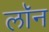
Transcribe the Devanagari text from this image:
लाॅन